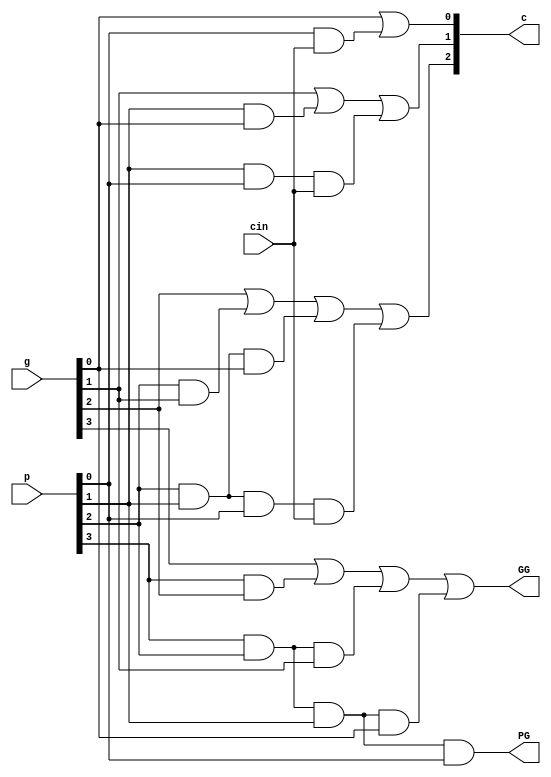
`ifndef _pg4_v_
`define _pg4_v_
`endif

module pg4(cin,c,p,g,PG,GG);

  input [3:0] p,g;
  input cin;
  output [3:1] c;
  output PG,GG;

  wire [3:0] p,g;
  wire cin;
  wire [3:1] c;
  wire PG,GG;

  assign c[1] = g[0] | (p[0] & cin);
  assign c[2] = g[1] | (p[1] & g[0]) | (p[1] & p[0] & cin);
  assign c[3] = g[2] | (p[2] & g[1]) | (p[2] & p[1] & g[0]) | (p[2] & p[1] & p[0] & cin);
  //assign c[4] = g[3] | (p[3] & g[2]) | (p[3] & p[2] & g[1]) | (p[3] & p[2] & p[1] & g[0]) | 
  //              (p[3] & p[2] & p[1] & p[0] & cin);
  
  assign PG = p[3] & p[2] & p[1] & p[0]; 
  assign GG = g[3] | (p[3] & g[2]) | (p[3] & p[2] & g[1]) | (p[3] & p[2] & p[1] & g[0]);

endmodule